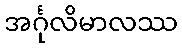
အင်္ဂုလိမာလဿ